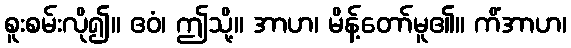
စူးစမ်းလို၍။ ဧဝံ၊ ဤသို့။ အာဟ၊ မိန့်တော်မူ၏။ ကိံအာဟ၊